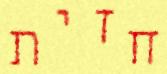
חזית